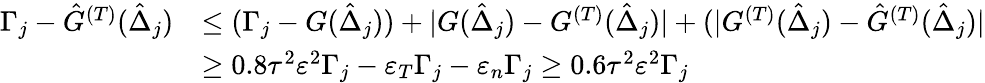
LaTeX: \begin{array}{rl}{\Gamma_{j}-\hat{G}^{(T)}(\hat{\Delta}_{j})}&{\leq(\Gamma_{j}-{G}(\hat{\Delta}_{j}))+|{G}(\hat{\Delta}_{j})-{G}^{(T)}(\hat{\Delta}_{j})|+(|{G}^{(T)}(\hat{\Delta}_{j})-\hat{G}^{(T)}(\hat{\Delta}_{j})|}\\ &{\geq 0.8\tau^{2}\varepsilon^{2}\Gamma_{j}-\varepsilon_{T}\Gamma_{j}-\varepsilon_{n}\Gamma_{j}\geq 0.6\tau^{2}\varepsilon^{2}\Gamma_{j}}\end{array}